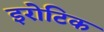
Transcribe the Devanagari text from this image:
इरोटिक